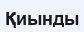
Қиынды